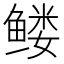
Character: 𱈆